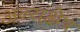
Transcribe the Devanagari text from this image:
अन्यक्षेत्र